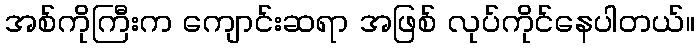
အစ်ကိုကြီးက ကျောင်းဆရာ အဖြစ် လုပ်ကိုင်နေပါတယ်။